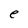
Character: e